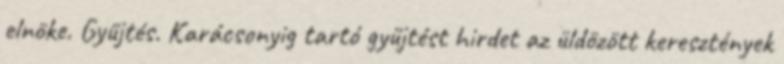
elnöke. Gyűjtés. Karácsonyig tartó gyűjtést hirdet az üldözött keresztények